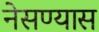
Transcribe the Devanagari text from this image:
नेसण्यास